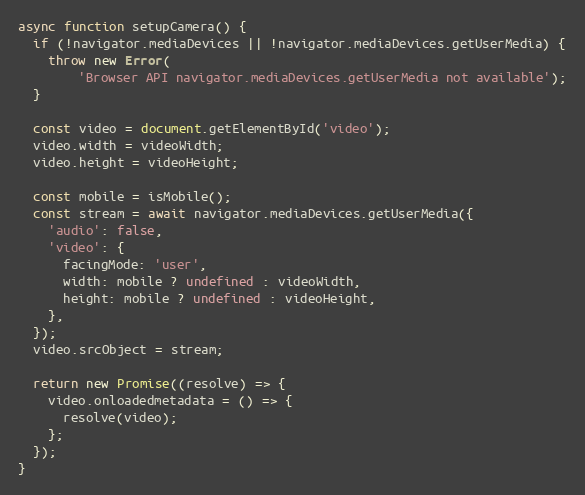
Language: JavaScript
async function setupCamera() {
  if (!navigator.mediaDevices || !navigator.mediaDevices.getUserMedia) {
    throw new Error(
        'Browser API navigator.mediaDevices.getUserMedia not available');
  }

  const video = document.getElementById('video');
  video.width = videoWidth;
  video.height = videoHeight;

  const mobile = isMobile();
  const stream = await navigator.mediaDevices.getUserMedia({
    'audio': false,
    'video': {
      facingMode: 'user',
      width: mobile ? undefined : videoWidth,
      height: mobile ? undefined : videoHeight,
    },
  });
  video.srcObject = stream;

  return new Promise((resolve) => {
    video.onloadedmetadata = () => {
      resolve(video);
    };
  });
}